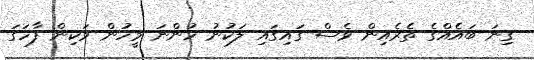
ގިނަ ބައެއްގެ ތެރެއިން ވެސް ގައިގައި ލަކުނު ހުންނަ މީހުން ވަކިން ފާހަގަ